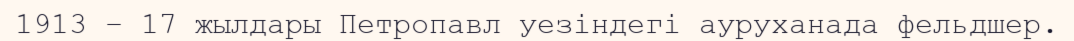
1913 – 17 жылдары Петропавл уезіндегі ауруханада фельдшер.